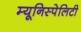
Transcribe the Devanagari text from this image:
म्यूनिस्पेलिटी